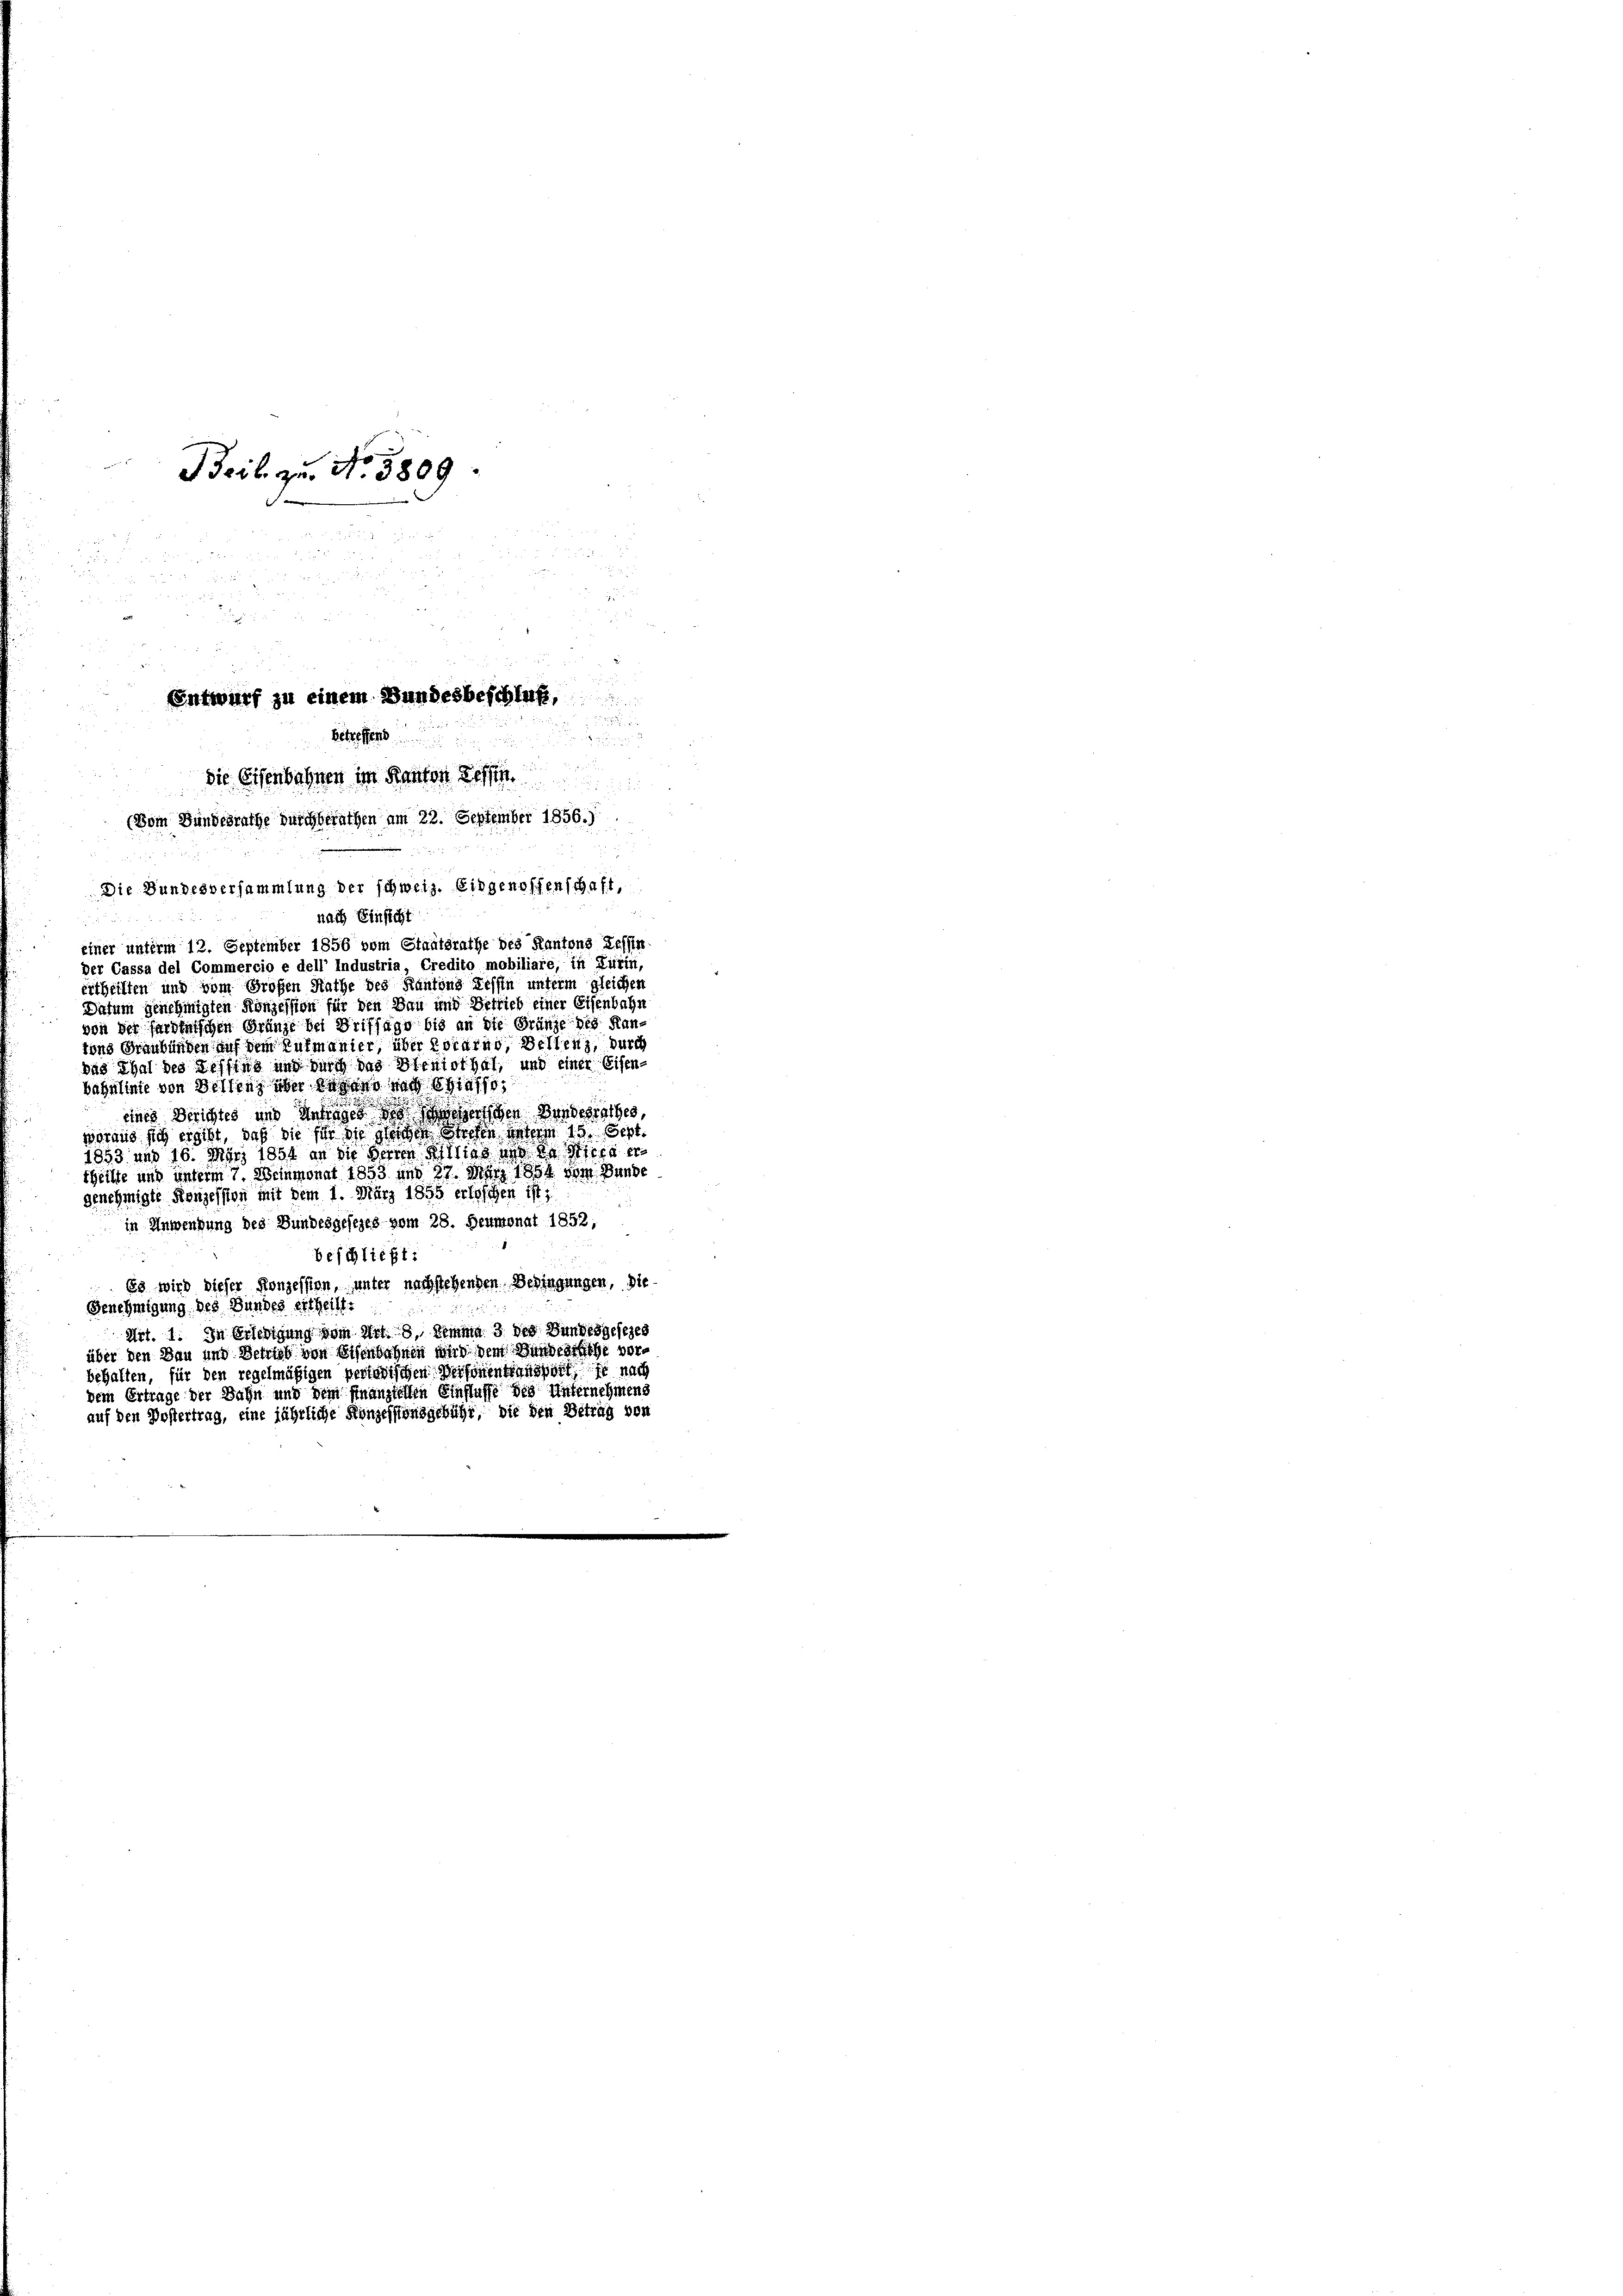
Beil zu No. 5809.

d. und

 152

2
Entwurf zu einem Bundesbeschluß,

betreffend

die Eisenbahnen im Kaufen Best
(Vom Bundesrathe durchberathen am 22. September 1856.)

Die Bundesversammlung der schweiz. Eidgenossenschaft,

nach Einsicht

einer unterm 12. September 1856 vom Staatsrathe des Kantons Tessin
per Cassa del Commercio e dell’ Industria, Credito mobiliare, in Kurin,
ertheilten und vom Großen Rathe des Kantons Tessin unterm gleichen
Dasum genehmigten Konzession für den Bau und Betrieb einer Eisenbahn
von der sardinischen Gränze bei Brifsage bis an die Gränze des Kantons Graubünden auf dem Rufmanier, über Locarno dellenz, durch
das Thal des Tessing und durch das Pfenisthal, und einer Eisen-
Bähnlinie von Bellenz über dahero nach sass,
eines Berichtes und Antrages des erschen Vorderrathes,
woraus sich ergibt, daß die für die gleichen Strafen unterm 13. Sept.
1853 und 16. März 1851 an die Herren Filias und da sich ertheilte und unterm 7. Weinmonat 1853 und 27. März 1854. vom Bunde
genehmigte Konzession mit dem 1. März 1855 erloschen ist,
2
in Anwendung des Bundesgesezes vom 28. Heumonat 1852,
beschließt:
Es wird dieser Konzession, unter nachstehenden Bedingungen, die
Genehmigung des Bundes ertheilt.
Art. 1. In Erledigung vom Art. 8, Komma 3 des Bundesgesezes
über den Bau und Schrieb von Eisenbahnen und dem Bundesrathe vorbehalten, für den regelmäßigen pertadischen Verfonentionsport je nach
dem Ertrage der Bahn und dem Finanztellen Einflusse des Unternehmens
auf den Postertrag, eine jährliche Konzessionsgebühr, die den Betrag von